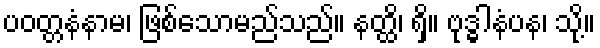
ပဝတ္တနံနာမ၊ ဖြစ်သောမည်သည်။ နတ္ထိ၊ ရှိ။ ဗုဒ္ဓါနံပန၊ သို့။